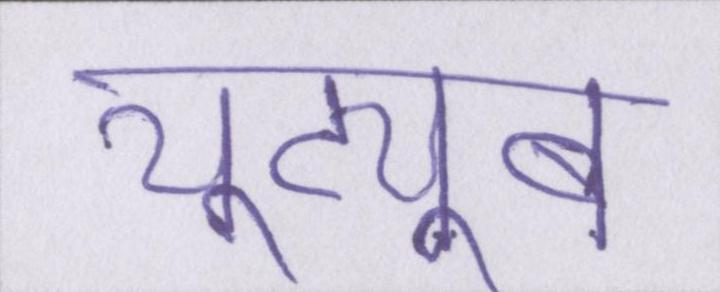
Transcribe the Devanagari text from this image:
यूट्यूब